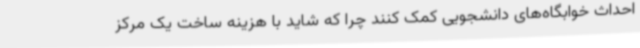
احداث خوابگاه‌های دانشجویی کمک کنند چرا که شاید با هزینه ساخت یک مرکز